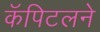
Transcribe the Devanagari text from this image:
कॅपिटलने